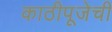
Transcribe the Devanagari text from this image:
काठीपूजेची